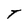
Character: T